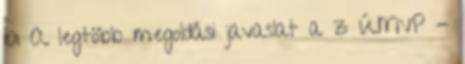
101 A legtöbb megoldási javaslat a z ÚMVP -